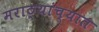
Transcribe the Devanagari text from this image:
मराठ्यांच्यात